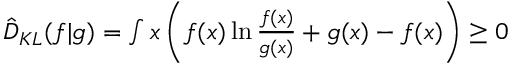
\begin{array} { r } { \hat { D } _ { K L } ( f | g ) = \int \d x \left( f ( x ) \ln \frac { f ( x ) } { g ( x ) } + g ( x ) - f ( x ) \right) \geq 0 } \end{array}